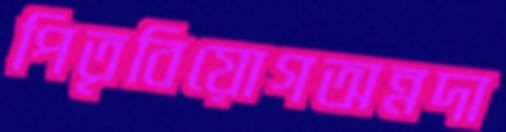
পিতৃবিয়োগঅন্নদা